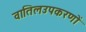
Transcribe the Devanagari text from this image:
वातिलउपकरणों